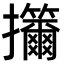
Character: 㩶